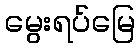
မွေးရပ်မြေ